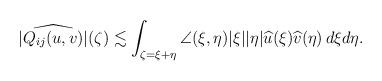
LaTeX: \begin{align*}|\widehat{Q_{ij}(u,v)}|(\zeta) \lesssim \int_{\zeta=\xi+\eta}\angle(\xi,\eta)|\xi||\eta| \widehat u(\xi) \widehat v(\eta)\,d\xi d\eta.\end{align*}